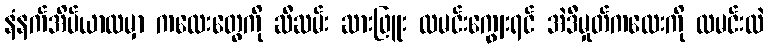
နံနက်အိပ်ယာထမှာ ကလေးတွေကို ဆီဆမ်း ဆားဖြူး ထမင်းကျွေးရင် အဲဒီမှုတ်ကလေးကို ထမင်းထဲ